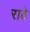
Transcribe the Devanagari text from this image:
राठे